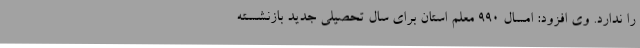
را ندارد. وی افزود: امسال 990 معلم استان برای سال تحصیلی جدید بازنشسته